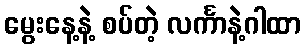
မွေးနေ့နဲ့ စပ်တဲ့ လင်္ကာနဲ့ဂါထာ